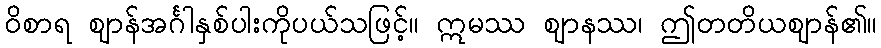
ဝိစာရ ဈာန်အင်္ဂါနှစ်ပါးကိုပယ်သဖြင့်။ ဣမဿ ဈာနဿ၊ ဤတတိယဈာန်၏။